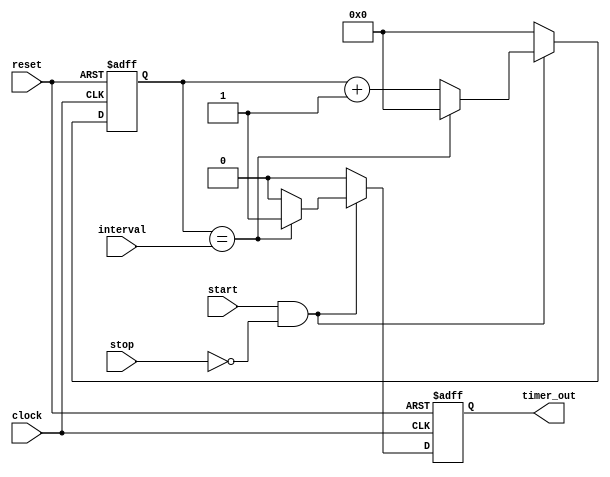
module interval_timer (
    input wire clock,
    input wire reset,
    input wire start,
    input wire stop,
    input wire [31:0] interval,
    output reg timer_out
);

reg [31:0] counter;

always @(posedge clock or posedge reset) begin
    if (reset) begin
        counter <= 0;
        timer_out <= 0;
    end else begin
        if (start && !stop) begin
            if (counter == interval) begin
                counter <= 0;
                timer_out <= 1;
            end else begin
                counter <= counter + 1;
                timer_out <= 0;
            end
        end else begin
            counter <= 0;
            timer_out <= 0;
        end
    end
end

endmodule